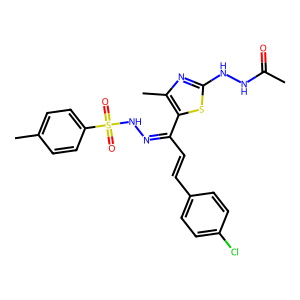
SMILES: CC(=O)NNc1nc(C)c(C(C=Cc2ccc(Cl)cc2)=NNS(=O)(=O)c2ccc(C)cc2)s1
Inhibits HIV replication: No